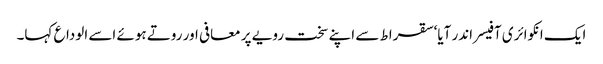
ایک انکوائری آفیسر اندر آیا‘ سقراط سے اپنے سخت رویے پر معافی اور روتے ہوئے اسے الوداع کہا۔